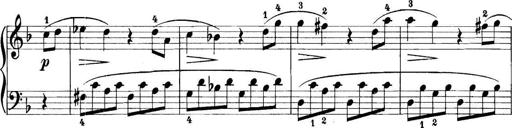
Title: 11 Sonatinas
Composer: Anton Diabelli